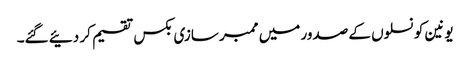
یونین کونسلوں کے صدور میں ممبر سازی بکس تقسیم کر دئیے گئے۔